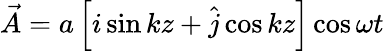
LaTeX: \vec{A}=a\left[i\sin kz+\hat{j}\cos kz\right]\cos\omega t